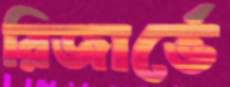
রিজার্ভে